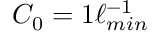
C _ { 0 } = 1 \ell _ { m i n } ^ { - 1 }